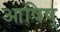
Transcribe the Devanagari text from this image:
आषिष्